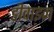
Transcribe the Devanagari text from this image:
डीवाइन